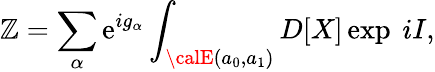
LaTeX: \mathbb{Z}=\sum_{\alpha}\mathrm{e}^{ig_{\alpha}}\int_{{\calE}(a_{0},a_{1})}D[X]\exp\ iI,